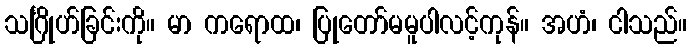
သင်္ဂြိုဟ်ခြင်းကို။ မာ ကရောထ၊ ပြုတော်မမူပါလင့်ကုန်။ အဟံ၊ ငါသည်။